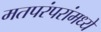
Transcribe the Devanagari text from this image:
मतपरंपरांमध्ये